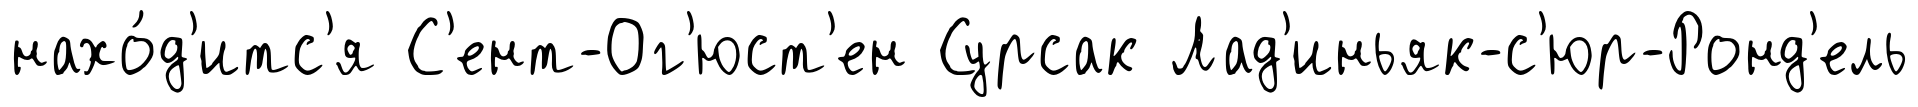
нахо́д'итс'я С'ент-Ог'юст'ен Сурсак Лад'иньяк-с'юр-Ронд'ель